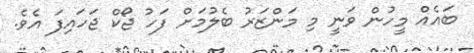
ބައެއް މީހުން ވަނީ މި މަންޒަރު ބެލުމަށް ފަހު ޖޯކް ޖަހައިފަ އެވެ.